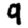
Digit: 9